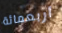
أربعمائة